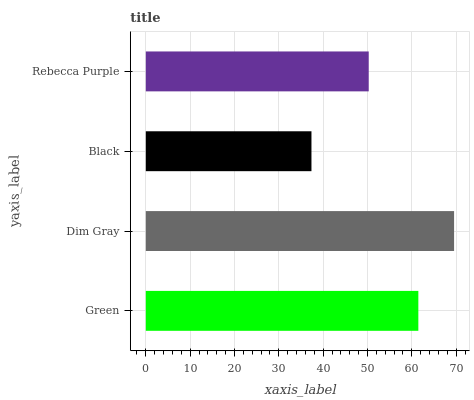
| yaxis_label | bars |
 | --- | --- |
 | Green | 61.5 |
 | Dim Gray | 69.5 |
 | Black | 37.4 |
 | Rebecca Purple | 50.3 |